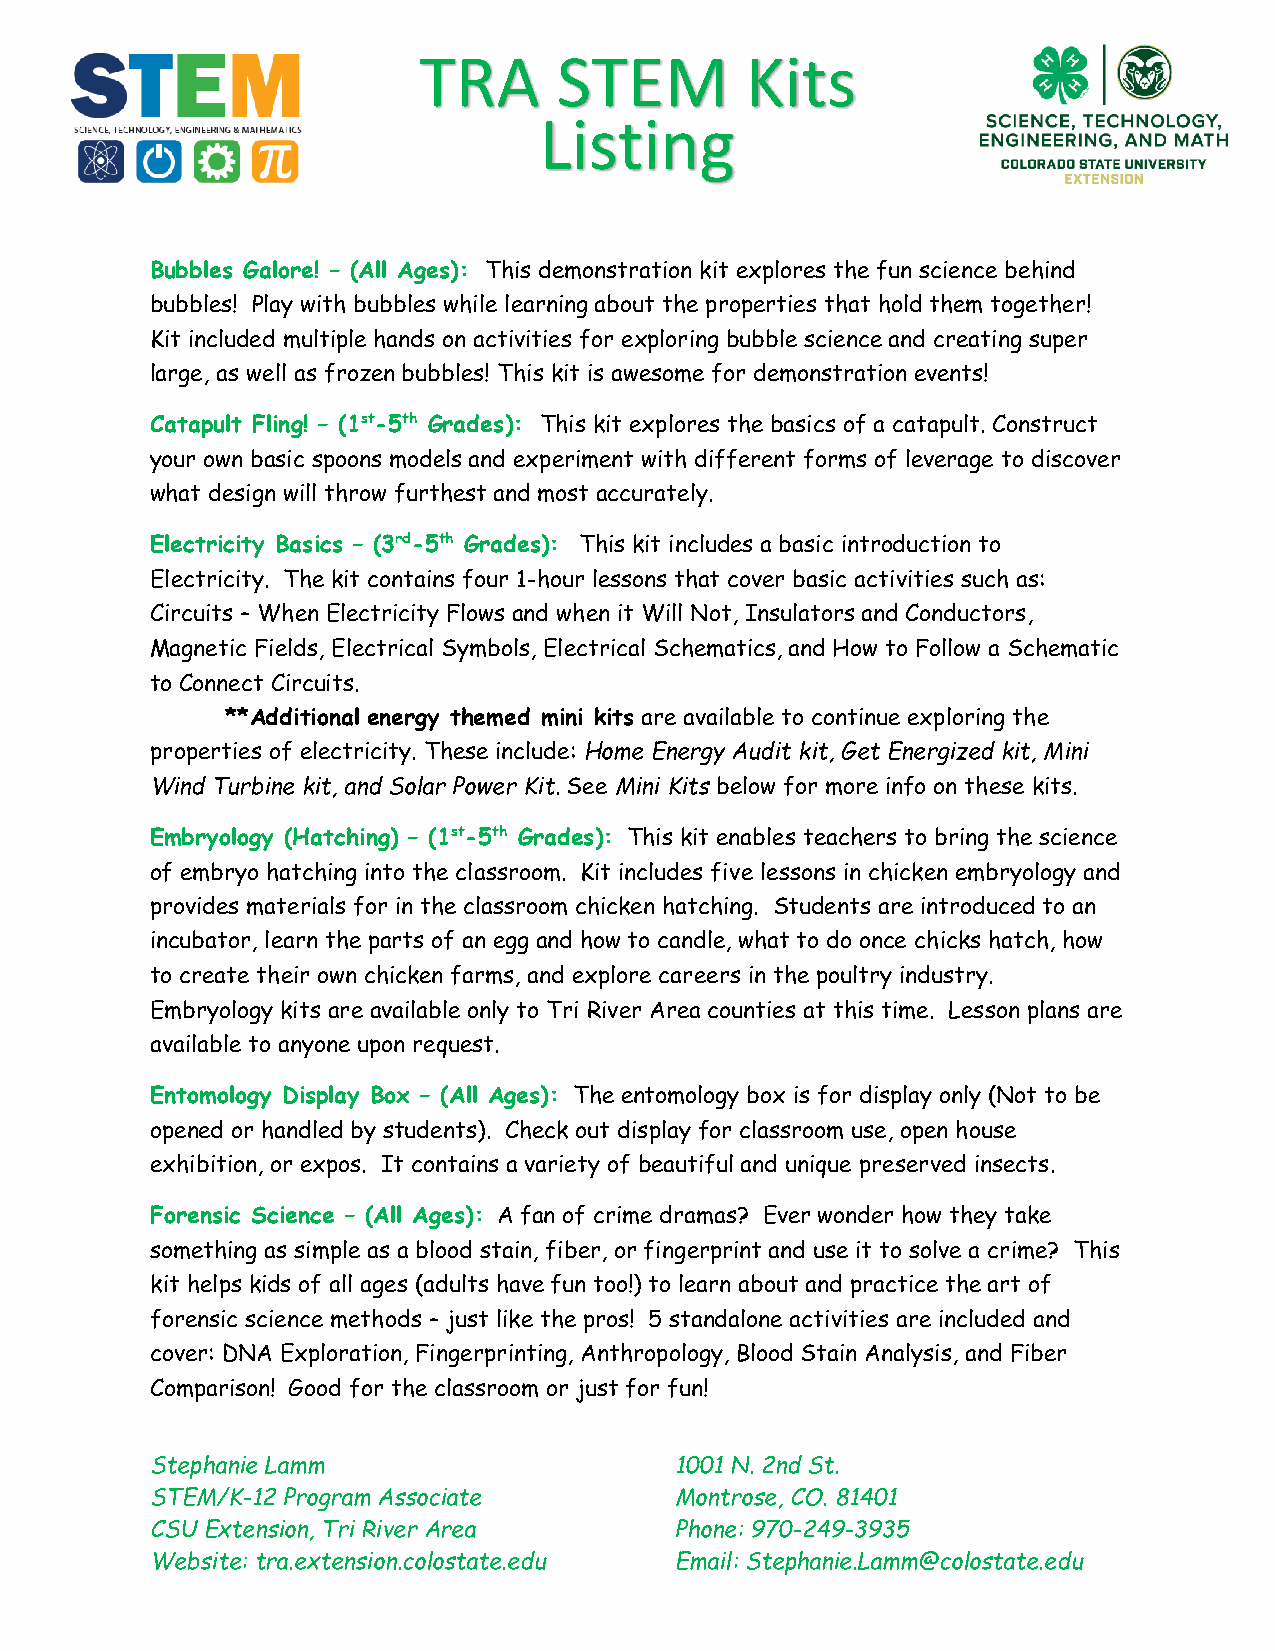
TRA      STEM        Kits
 Listing
 Bubbles Galore! – (All Ages): This demonstration kit explores the fun science behind
 bubbles! Play with bubbles while learning about the properties that hold them together!
 Kit included multiple hands on activities for exploring bubble science and creating super
 large, as well as frozen bubbles! This kit is awesome for demonstration events!
 Catapult Fling! – (1st-5th Grades): This kit explores the basics of a catapult. Construct
 your own basic spoons models and experiment with different forms of leverage to discover
 what design will throw furthest and most accurately.
 Electricity Basics – (3rd-5th Grades): This kit includes a basic introduction to
 Electricity. The kit contains four 1-hour lessons that cover basic activities such as:
 Circuits – When Electricity Flows and when it Will Not, Insulators and Conductors,
 Magnetic Fields, Electrical Symbols, Electrical Schematics, and How to Follow a Schematic
 to Connect Circuits.
 **Additional energy themed mini kits are available to continue exploring the
 properties of electricity. These include: Home Energy Audit kit, Get Energized kit, Mini
 Wind Turbine kit, and Solar Power Kit. See Mini Kits below for more info on these kits.
 Embryology (Hatching) – (1st-5th Grades): This kit enables teachers to bring the science
 of embryo hatching into the classroom. Kit includes five lessons in chicken embryology and
 provides materials for in the classroom chicken hatching. Students are introduced to an
 incubator, learn the parts of an egg and how to candle, what to do once chicks hatch, how
 to create their own chicken farms, and explore careers in the poultry industry.
 Embryology kits are available only to Tri River Area counties at this time. Lesson plans are
 available to anyone upon request.
 Entomology Display Box – (All Ages): The entomology box is for display only (Not to be
 opened or handled by students). Check out display for classroom use, open house
 exhibition, or expos. It contains a variety of beautiful and unique preserved insects.
 Forensic Science – (All Ages): A fan of crime dramas? Ever wonder how they take
 something as simple as a blood stain, fiber, or fingerprint and use it to solve a crime? This
 kit helps kids of all ages (adults have fun too!) to learn about and practice the art of
 forensic science methods – just like the pros! 5 standalone activities are included and
 cover: DNA Exploration, Fingerprinting, Anthropology, Blood Stain Analysis, and Fiber
 Comparison! Good for the classroom or just for fun!
 Stephanie Lamm                     1001 N. 2nd St.
 STEM/K-12 Program Associate        Montrose, CO. 81401
 CSU Extension, Tri River Area      Phone: 970-249-3935
 Website: tra.extension.colostate.edu Email: Stephanie.Lamm@colostate.edu